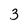
Character: 3